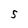
Character: 5